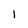
Character: 1